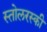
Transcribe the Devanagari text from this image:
स्तोलरस्की